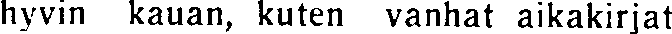
hyvin kauan, kuten vanhat aikakirjat